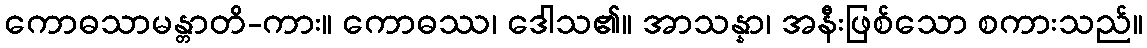
ကောဓသာမန္တာတိ-ကား။ ကောဓဿ၊ ဒေါသ၏။ အာသန္နာ၊ အနီးဖြစ်သော စကားသည်။